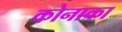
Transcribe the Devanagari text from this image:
कोनाका